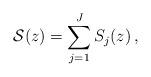
LaTeX: \begin{align*}\mathcal{S}(z)=\sum_{j=1}^J S_j(z)\,,\end{align*}